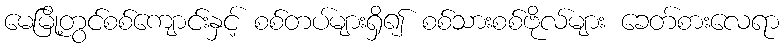
မေမြို့တွင်စစ်ကျောင်းနှင့် စစ်တပ်များရှိ၍ စစ်သားစစ်ဗိုလ်များ ခေတ်စားလေရာ